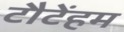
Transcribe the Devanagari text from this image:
टौटेंहम